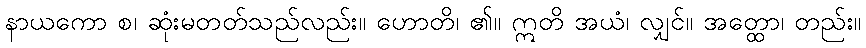
နာယကော စ၊ ဆုံးမတတ်သည်လည်း။ ဟောတိ၊ ၏။ ဣတိ အယံ၊ လျှင်။ အတ္ထော၊ တည်း။